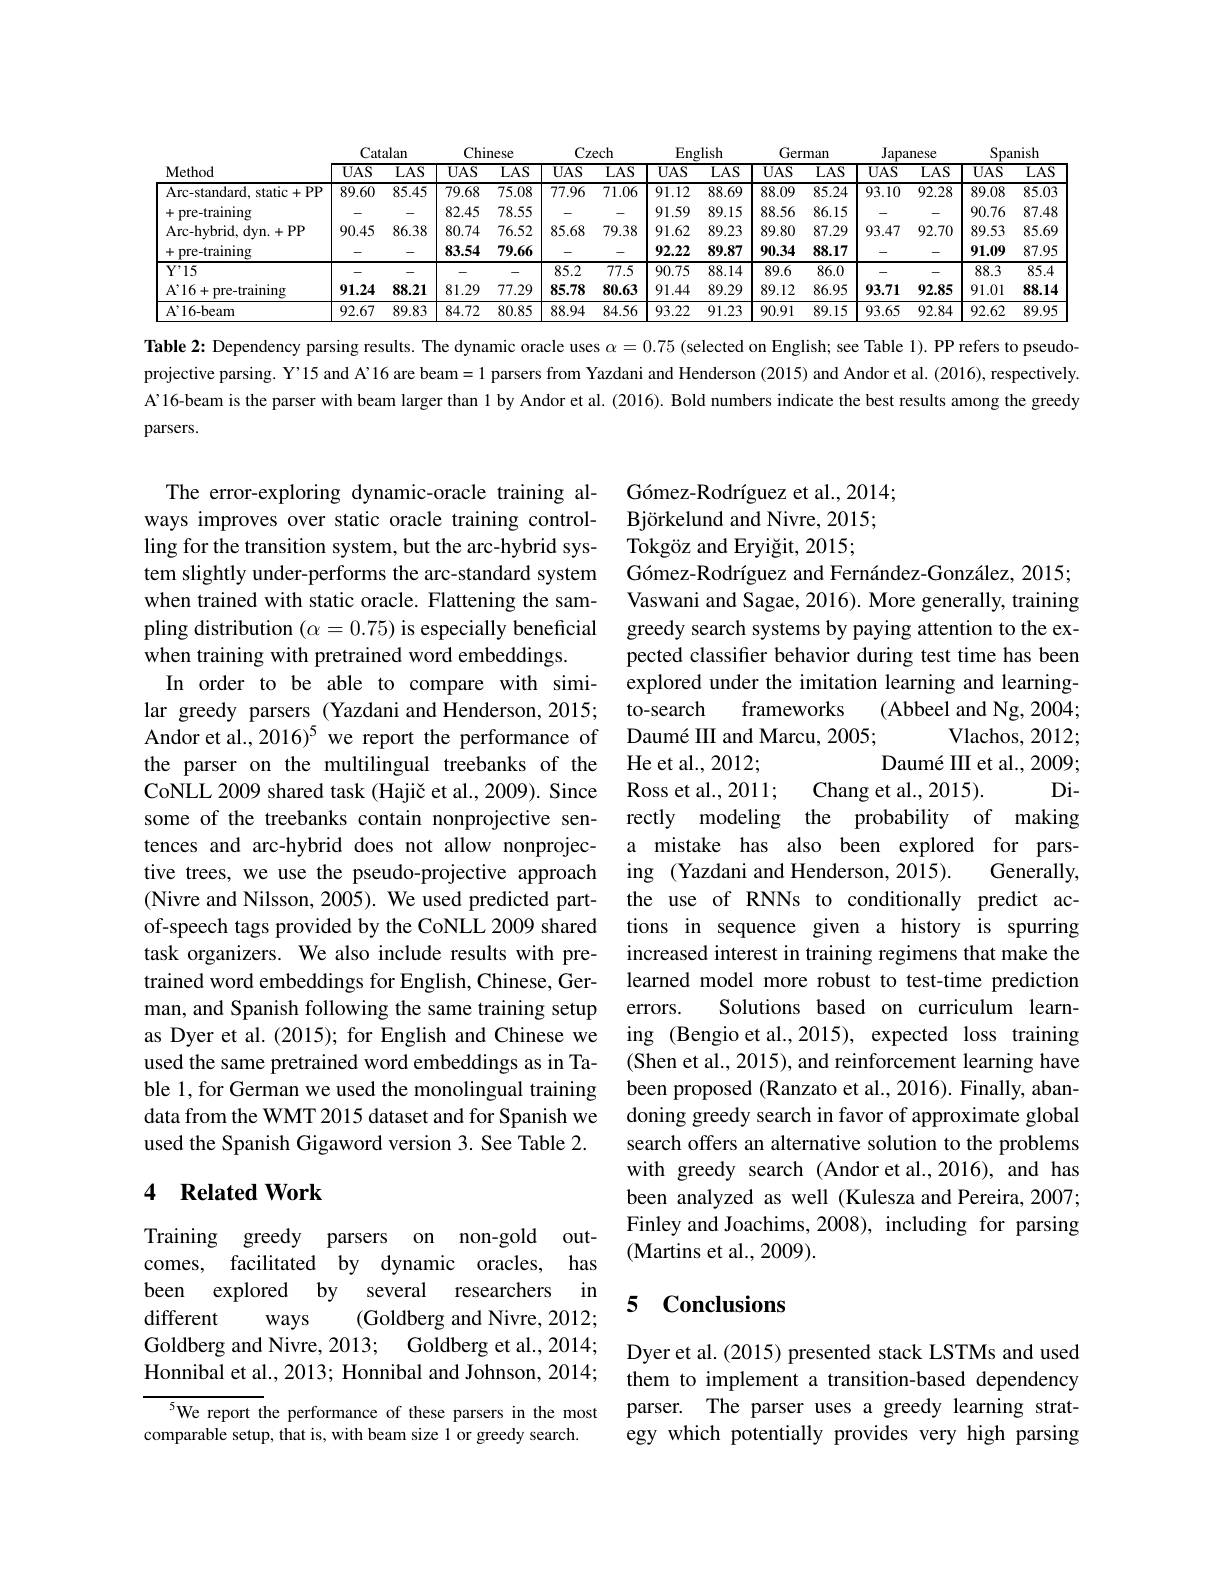
<table>
	<tbody>
		<tr>
			<th rowspan="2">Method</th>
			<th colspan="2">Catalan</th>
			<th colspan="2">Chinese</th>
			<th colspan="2">Czech</th>
			<th rowspan="1">$\operatorname{English}$</th>
			<th colspan="2">German</th>
			<th colspan="2">Japanese</th>
			<th colspan="2">Spanish</th>
		</tr>
		<tr>
			<th>$\overline{UAS}$</th>
			<th>$\overline{\mathrm{LAS}}$</th>
			<th>$\overline{UAS}$</th>
			<th>$\overline{\mathrm{LAS}}$</th>
			<th>$\overline{UAS}$</th>
			<th>$\overline{\mathrm{LAS}}$</th>
			<th>$\overline{UAS}$</th>
			<th>$\overline{UAS}$</th>
			<th>$\overline{\mathrm{LAS}}$</th>
			<th>$\overline{UAS}$</th>
			<th>$\overline{\mathrm{LAS}}$</th>
			<th>$\overline{UAS}$</th>
			<th>$\overline{\mathrm{LAS}}$</th>
		</tr>
		<tr>
			<td>Arc- standard. static+ PP</td>
			<td>89.60</td>
			<td>85.45</td>
			<td>79.68</td>
			<td>75.08</td>
			<td>77.96</td>
			<td>71.06</td>
			<td>91.12</td>
			<td>88.09</td>
			<td>85.24</td>
			<td>93.10</td>
			<td>92.28</td>
			<td>89.08</td>
			<td>85.03</td>
		</tr>
		<tr>
			<td>pre-training</td>
			<td> </td>
			<td>-</td>
			<td>82.45</td>
			<td>78.55</td>
			<td>-</td>
			<td> </td>
			<td>91.59</td>
			<td>88.56</td>
			<td>86.15</td>
			<td> </td>
			<td> </td>
			<td>90.76</td>
			<td>87.48</td>
		</tr>
		<tr>
			<td>Arc- hvbrid. dvn. + PP</td>
			<td>90.45</td>
			<td>86.38</td>
			<td>80.74</td>
			<td>76.52</td>
			<td>85.68</td>
			<td>79.38</td>
			<td>91.62</td>
			<td>89.80</td>
			<td>87.29</td>
			<td>93.47</td>
			<td>92.70</td>
			<td>89.53</td>
			<td>85.69</td>
		</tr>
		<tr>
			<td>pre-training</td>
			<td> </td>
			<td>-</td>
			<td>83.54</td>
			<td>79.66</td>
			<td> </td>
			<td> </td>
			<td>92.22</td>
			<td>90.34</td>
			<td>88.17</td>
			<td> </td>
			<td> </td>
			<td>91.09</td>
			<td>87.95</td>
		</tr>
		<tr>
			<td>$Y'15$</td>
			<td> </td>
			<td> </td>
			<td> </td>
			<td>-</td>
			<td>85.2</td>
			<td>77.5</td>
			<td>90.75</td>
			<td>89.6</td>
			<td>86.0</td>
			<td> </td>
			<td> </td>
			<td>88.3</td>
			<td>85.4</td>
		</tr>
		<tr>
			<td>$A^{\prime }$16+ pre- training</td>
			<td>91.24</td>
			<td>88.21</td>
			<td>81.29</td>
			<td>77.29</td>
			<td>85.78</td>
			<td>80.63</td>
			<td>91.44</td>
			<td>89.12</td>
			<td>86.95</td>
			<td>93.71</td>
			<td>92.85</td>
			<td>91.01</td>
			<td>88.14</td>
		</tr>
		<tr>
			<td>$\mathrm{A}^{,}16$-beam</td>
			<td>92.67</td>
			<td>89.83</td>
			<td>84.72</td>
			<td>80.85</td>
			<td>88.94</td>
			<td>84.56</td>
			<td>93.22</td>
			<td>90.91</td>
			<td>89.15</td>
			<td>93.65</td>
			<td>92.84</td>
			<td>92.62</td>
			<td>89.95</td>
		</tr>
	</tbody>
</table>

Table 2: Dependency parsing results. The dynamic oracle uses $\alpha=0.75$ (selected on English; see Table 1). PP refers to pseudoprojective parsing. Y'15 and A'16 are beam= 1 parsers from Yazdani and Henderson (2015) and Andor et al. (2016), respectively. A'16-beam is the parser with beam larger than 1 by Andor et al. (2016). Bold numbers indicate the best results among the greedy

parsers.

The error-exploring dynamic-oracle training always improves over static oracle training controlling for the transition system, but the arc-hybrid system slightly under-performs the arc-standard system when trained with static oracle. Flattening the sampling distribution $(\alpha=0.75)$ is especially beneficial when training with pretrained word embeddings.
In order to be able to compare with simi-
lar greedy parsers (Yazdani and Henderson, 2015; to-search
Andor et al., 2016)$^5$ we report the performance of the parser on the multilingual treebanks of the CoNLL 2009 shared task (Hajič et al., 2009). Since some of the treebanks contain nonprojective sentences and arc-hybrid does not allow nonprojective trees, we use the pseudo-projective approach (Nivre and Nilsson, 2005). We used predicted partof-speech tags provided by the CoNLL 2009 shared task organizers. We also include results with pretrained word embeddings for English, Chinese, German, and Spanish following the same training setup as Dyer et al. (2015); for English and Chinese we used the same pretrained word embeddings as in Table 1, for German we used the monolingual training data from the WMT 2015 dataset and for Spanish we used the Spanish Gigaword version 3. See Table 2.

G$\' {o}$mez- Rodr$\' {ı }$guezetal. , 2014; Björkelund and Nivre, 2015; Tokgöz and Eryiğit, 2015;
Gómez-Rodríguez and Fernández-González, 2015; Vaswani and Sagae, 2016). More generally, training greedy search systems by paying attention to the expected classifier behavior during test time has been explored under the imitation learning and learning-
frameworks
(Abbeel and Ng, 2004;
Vlachos, 2012;
Daumé III and Marcu, 2005;
He et al., 2012;
Daumé II et al., 2009;
$Di-$
Ross et al., 2011;
Chang et al., 2015).
rectly modeling the probability of making a mistake has also been explored for parsing (Yazdani and Henderson, 2015).
Generally,
the use of RNNs to conditionally predict actions in sequence given a history is spurring increased interest in training regimens that make the learned model more robust to test-time prediction
Solutions based on curriculum learn-
errors.
ing (Bengio et al.,2015), expected loss training (Shen et al., 2015), and reinforcement learning have been proposed (Ranzato et al., 2016). Finally, abandoning greedy search in favor of approximate global search offers an alternative solution to the problems with greedy search (Andor et al.,2016), and has been analyzed as well (Kulesza and Pereira, 2007; Finley and Joachims, 2008), including for parsing (Martins et al., 2009).

## 4 Related Work

## 5 Conclusions

Training greedy parsers on non-gold outcomes, facilitated by dynamic oracles, has been explored by several researchers in different
(Goldberg and Nivre, 2012;
ways
Goldberg and Nivre, 2013; Goldberg et al., 2014; Honnibal et al., 2013; Honnibal and Johnson, 2014;

Dyer et al. (2015) presented stack LSTMs and used them to implement a transition-based dependency parser. The parser uses a greedy learning strategy which potentially provides very high parsing

${^{5}\text{We report the performance of these parsers in the most}}$
comparable setup, that is, with beam size 1 or greedy search.